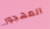
المهجور